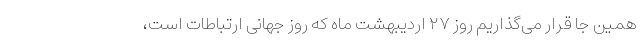
همین جا قرار می‌گذاریم روز ۲۷ اردیبهشت ماه که روز جهانی ارتباطات است،